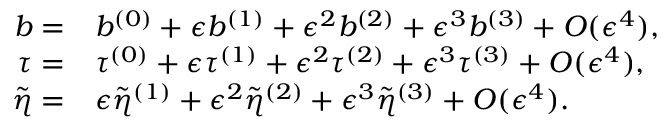
\begin{array} { r l } { b = } & { { } b ^ { ( 0 ) } + \epsilon b ^ { ( 1 ) } + \epsilon ^ { 2 } b ^ { ( 2 ) } + \epsilon ^ { 3 } b ^ { ( 3 ) } + O ( \epsilon ^ { 4 } ) , } \\ { \tau = } & { { } \tau ^ { ( 0 ) } + \epsilon \tau ^ { ( 1 ) } + \epsilon ^ { 2 } \tau ^ { ( 2 ) } + \epsilon ^ { 3 } \tau ^ { ( 3 ) } + O ( \epsilon ^ { 4 } ) , } \\ { \tilde { \eta } = } & { { } \epsilon \tilde { \eta } ^ { ( 1 ) } + \epsilon ^ { 2 } \tilde { \eta } ^ { ( 2 ) } + \epsilon ^ { 3 } \tilde { \eta } ^ { ( 3 ) } + O ( \epsilon ^ { 4 } ) . } \end{array}